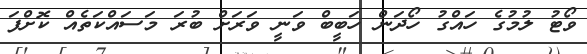
ވޯޓު ލުމުގެ ހައްގު ހޯދަން ހަބީބް ވަނީ ވަރަށް ބުރަ މަސައްކަތެއް ކޮށްފަ